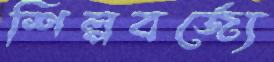
শিল্পবর্জ্যে